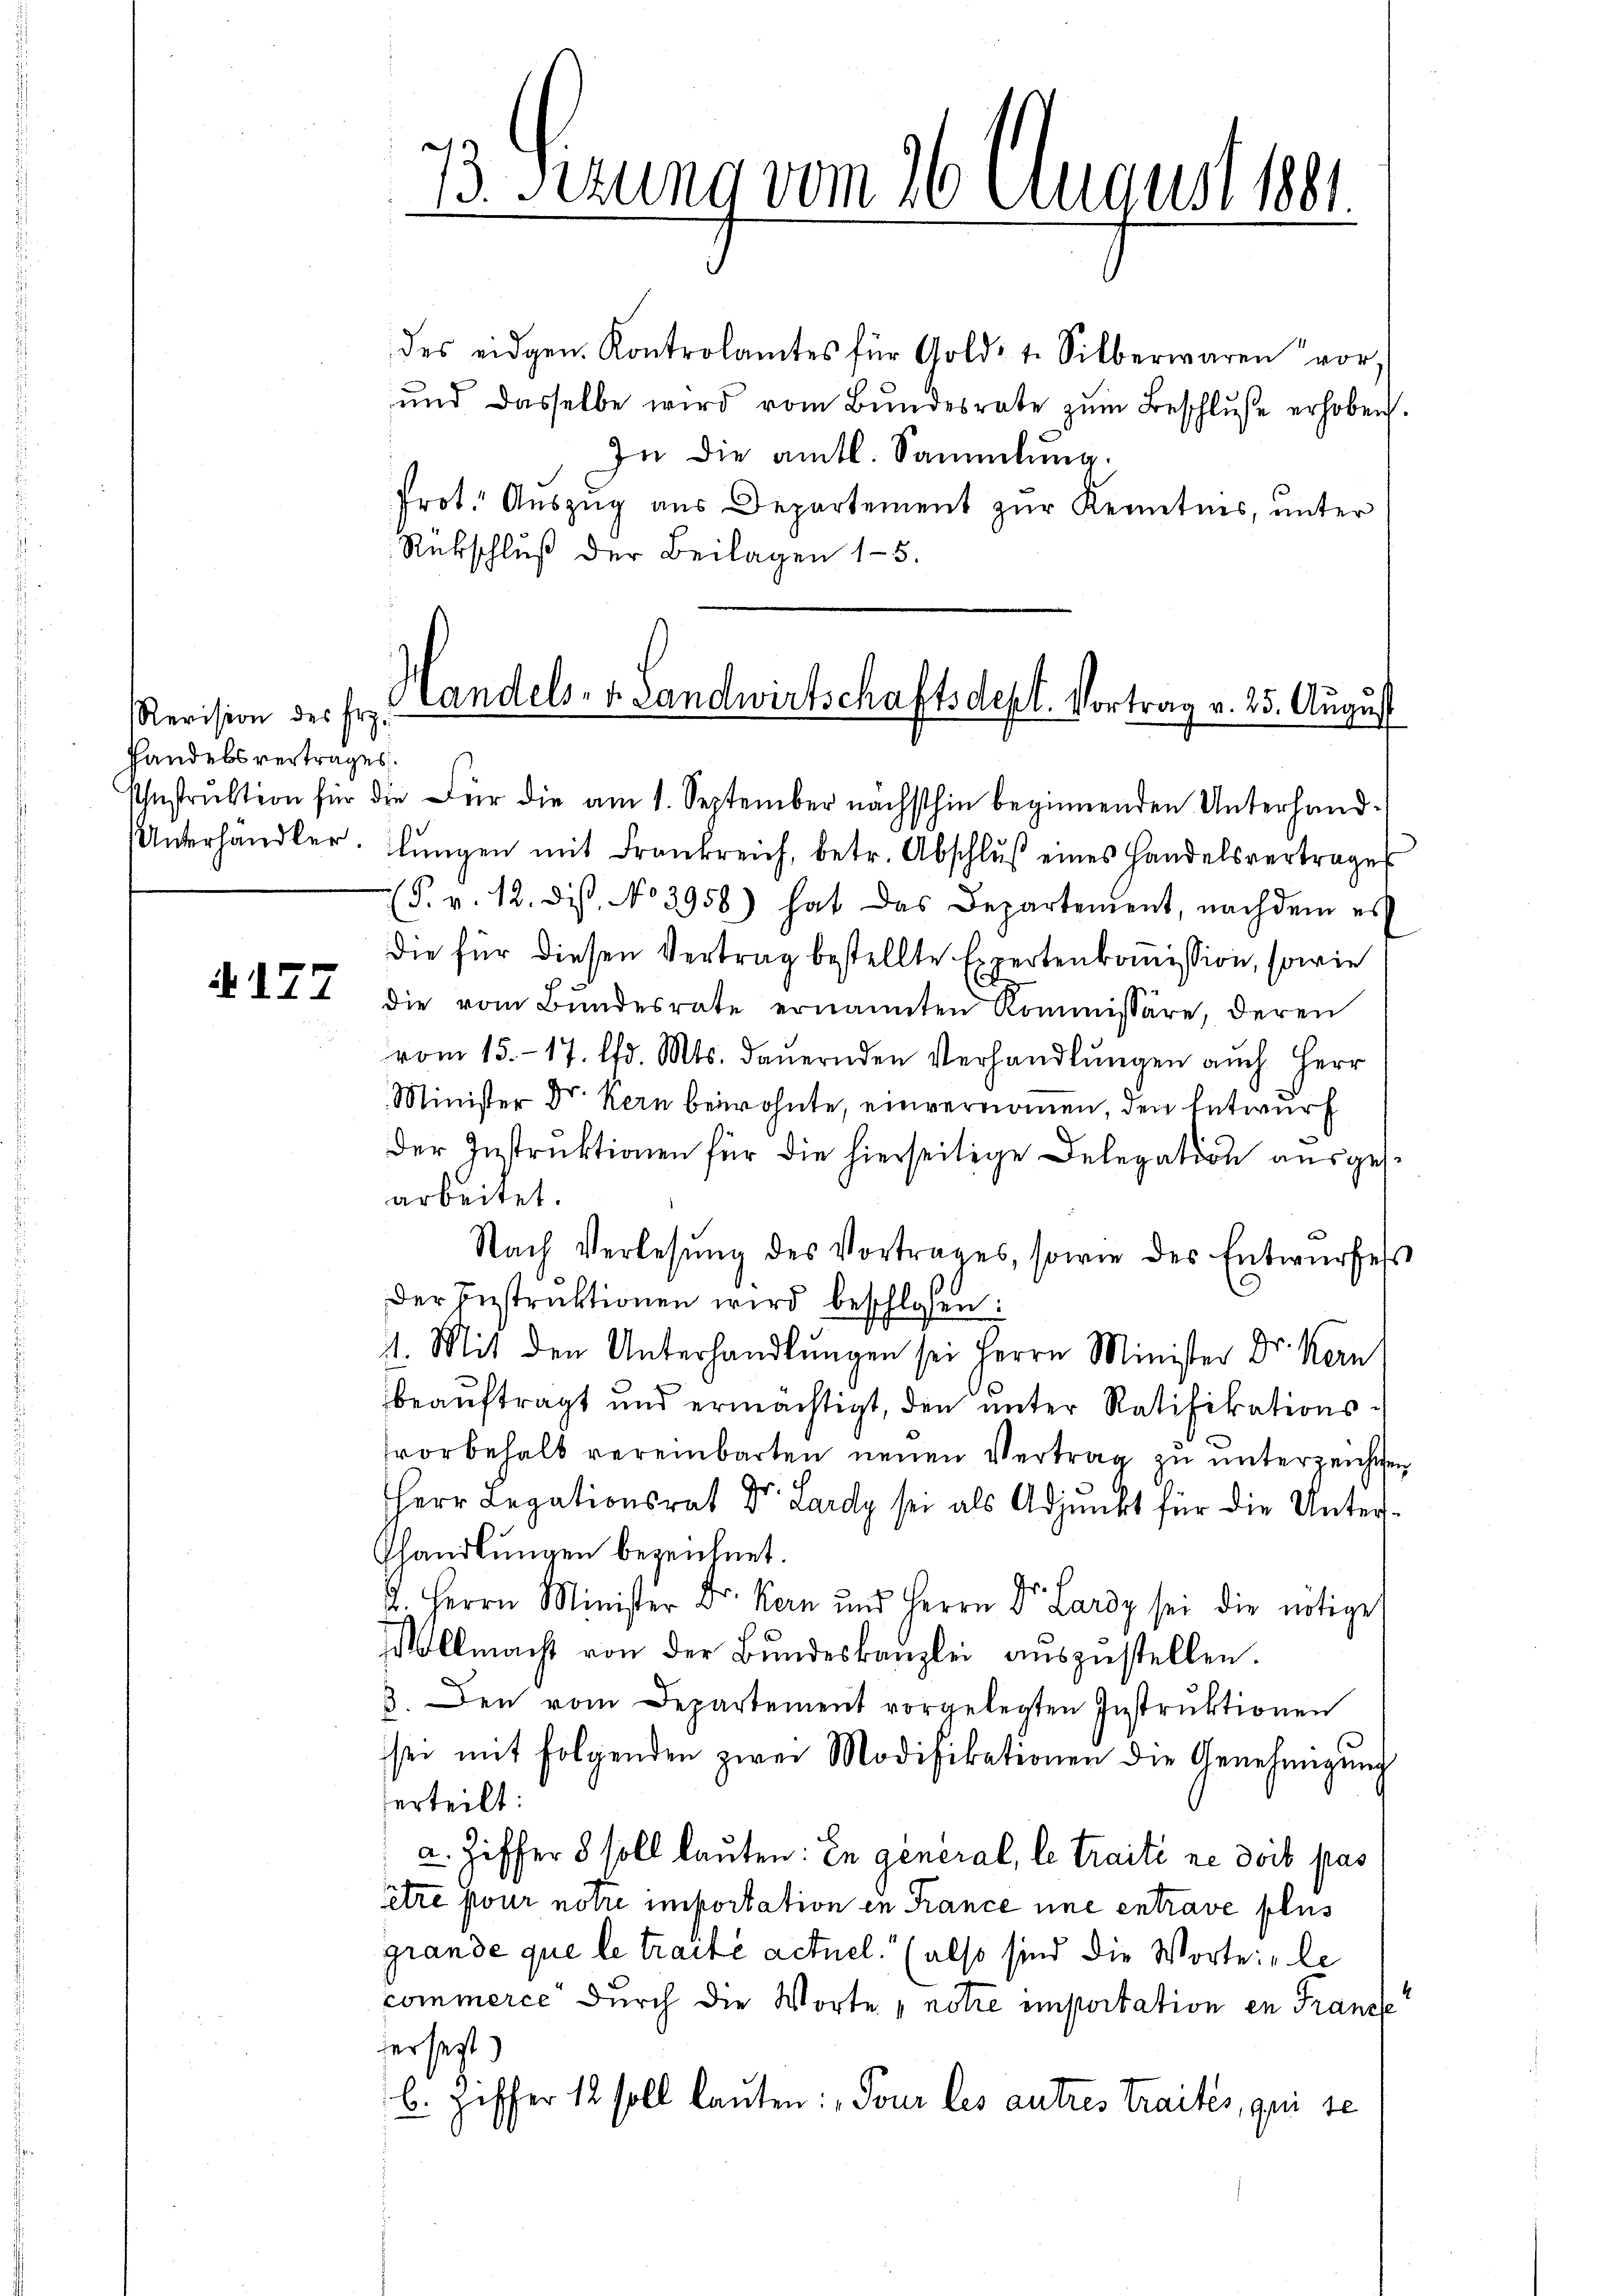
Revision des Erz-
Pandelsvertrages.

33. Ferung vom 26. August 1881.

Handels- u. Landwirtschaftsdept. Vortrag v. 25. August

des eidgen. Kontrolamtes für Gold: 1. Silberwaren vor,
und dasselbe wird vom Bundesrate zŭm Beschluße erhoben.
In die amtl. Sammlung.
Prot. Auszug aus Departement zur Kenntnis, unter
Rückschluß der Beilagen 15.

Ihnstrŭktion für die Für die am 1. September nächsthin beginnenden Unterhand-
Unterhändler. Ilŭngen mit Frankreich, betr. Abschlŭβ eines Handelsvertrages
(S. v. 12. dist. No 3958) hat das Departement, nachdem es
die für diesen Vertrag bestellte Expertenkommission, sowie
ib 177 die vom Bŭndesrate ernannten Kommissäre, deren
vom 15. 17. lfd. Mts. dauernden Verhandlungen auch Herr
Minister Dr. Kern beiwohnte, einvernommen, den Entwurf
Der Instruktionen für die hierseitige Delegation ausgesarbeitet.
b
Nach Verlesung des Vortrages, sowie des Entwurfes
der Instruktionen wird beschlossen:
1. Mit den Unterhandlungen sei Herrn Minister Dr. Kern
beauftragt und ermächtigt, den unter Ratifikationssvorbehalt vereinbarten neuen Vertrag zu unterzeichnen
Herr Legationsrat Dr. Lardy sei als Adjunkt für die Unter¬
Ghandlungen bezeichnet.
A. Herrn Minister Dr. Kern und Herrn Dr. Lardy sei die nötiget
Vollmacht von der Bŭndeskanzlei aŭszŭstellen.
3. Den vom Departement vorgelegten Instruktionen
sei mit folgenden zwei Modifikationen die Genehmigŭng
erteilt:
a. Ziffer 8 soll lauten: In general, le traité ne doit pas
être pour notre importation in France une entrave plus
grande que le traite actuel, (also sind die Worte: „be
commerce durch die Worte „notre emportation in Franz
derseit
b. Hoffer 12 soll lauten: „Tour les autres traités, qui se